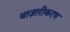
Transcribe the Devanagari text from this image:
बाज़ारीकरण